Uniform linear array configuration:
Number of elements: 32
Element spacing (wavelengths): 1
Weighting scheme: kaiser
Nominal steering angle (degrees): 60
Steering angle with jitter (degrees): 61.841
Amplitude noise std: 0.05
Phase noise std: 0.05

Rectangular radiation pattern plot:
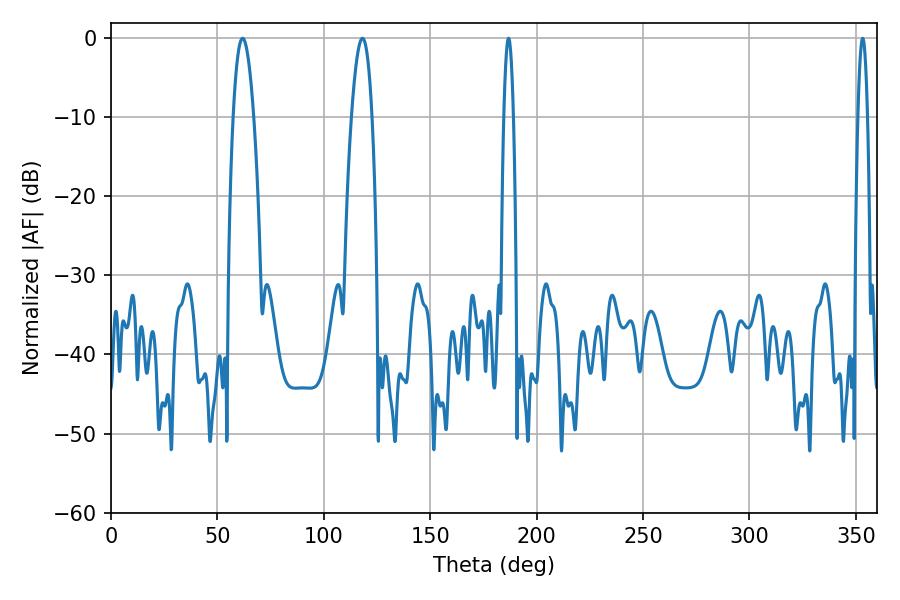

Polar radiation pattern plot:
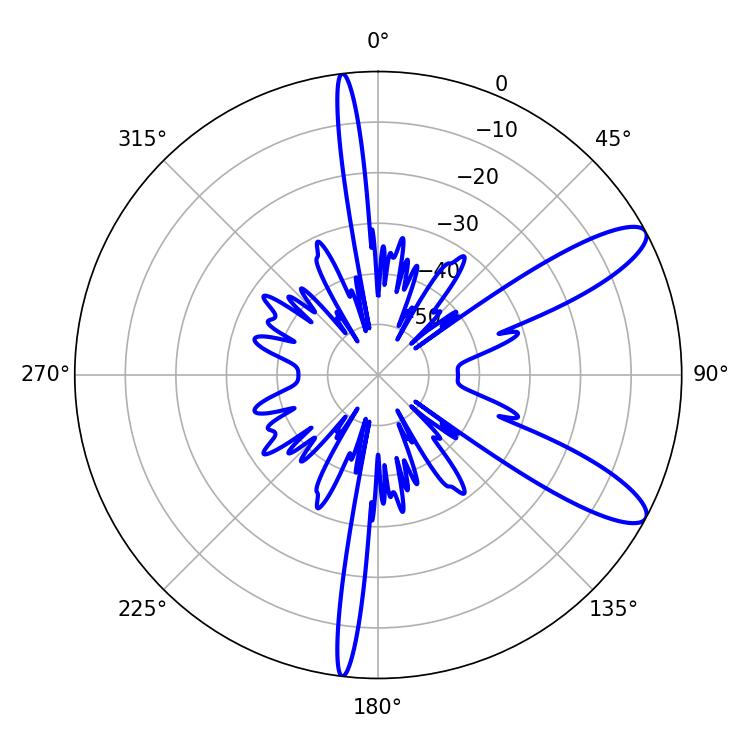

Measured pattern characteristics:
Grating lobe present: TRUE
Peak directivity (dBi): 10.812
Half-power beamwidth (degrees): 5.4
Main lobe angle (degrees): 61.92